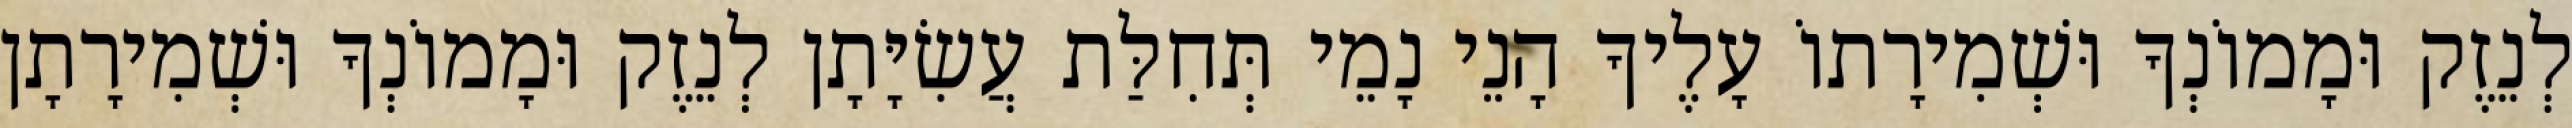
לְנֵזֶק וּמָמוֹנְךָ וּשְׁמִירָתוֹ עָלֶיךָ הָנֵי נָמֵי תְּחִלַּת עֲשִׂיָּתָן לְנֵזֶק וּמָמוֹנְךָ וּשְׁמִירָתָן